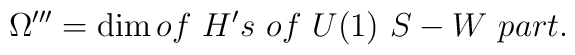
\Omega^{\prime\prime\prime}=\dim of~H's~ of~ U(1)~S-W~ part.